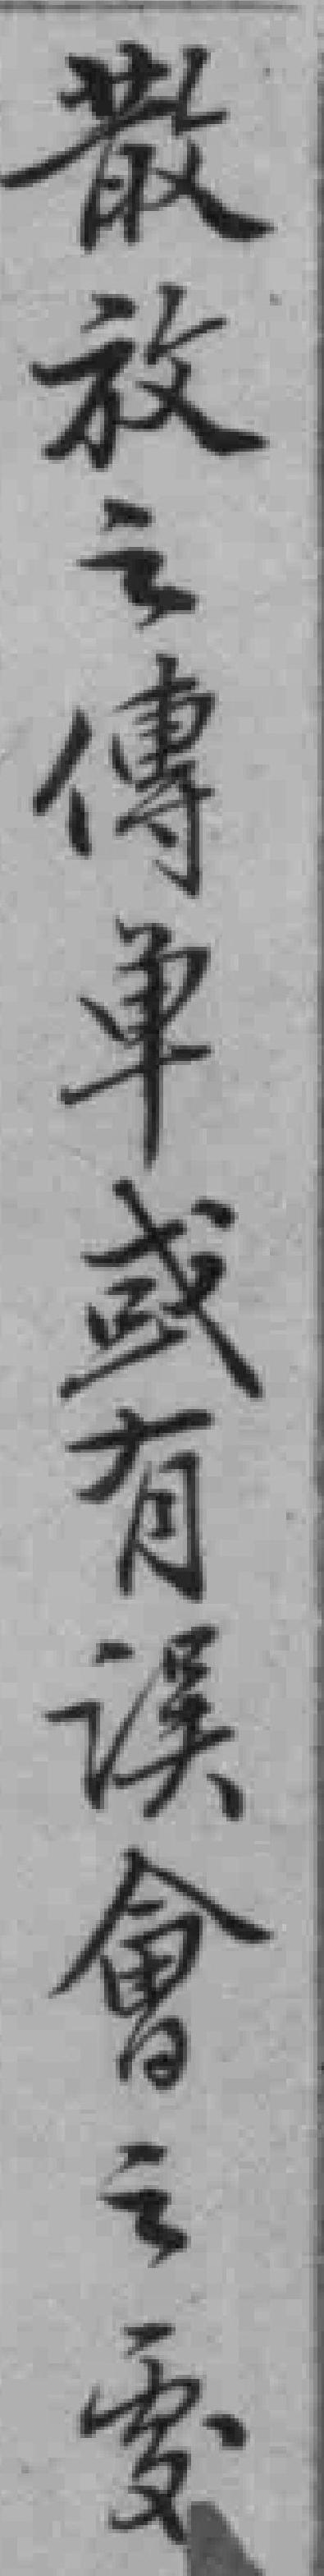
散放之傳单或有误會之處